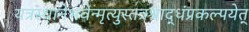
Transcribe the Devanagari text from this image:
यत्रस्थानेभवेन्मृत्युस्तत्रश्राद्धंप्रकल्पयेत्